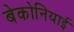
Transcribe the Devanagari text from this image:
बेकोनियाई